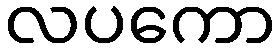
လပကော